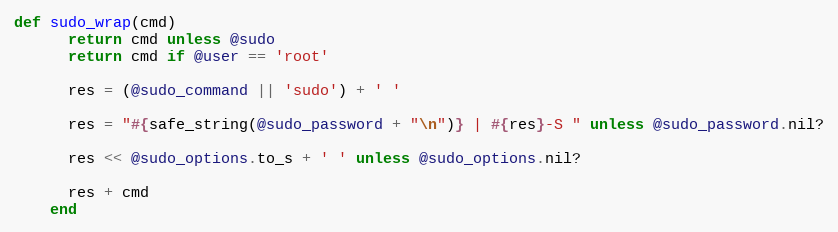
Language: Ruby
def sudo_wrap(cmd)
      return cmd unless @sudo
      return cmd if @user == 'root'

      res = (@sudo_command || 'sudo') + ' '

      res = "#{safe_string(@sudo_password + "\n")} | #{res}-S " unless @sudo_password.nil?

      res << @sudo_options.to_s + ' ' unless @sudo_options.nil?

      res + cmd
    end